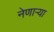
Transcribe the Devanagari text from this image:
नेणाऱ्‍या